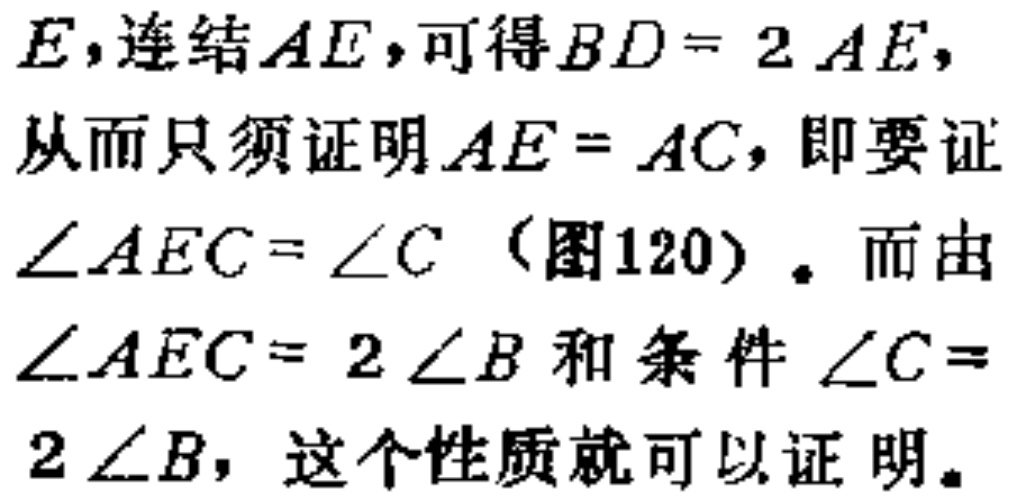
\(E\)，连结\(AE\)，可得\(BD = 2AE\)，从而只须证明\(AE = AC\)，即要证\(\angle AEC=\angle C\)（图120）。而由\(\angle AEC = 2\angle B\)和条件\(\angle C = 2\angle B\)，这个性质就可以证明。